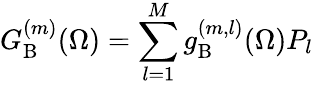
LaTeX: G_{\mathrm{B}}^{(m)}(\Omega)=\sum_{l=1}^{M}{g_{\mathrm{B}}^{(m,l)}(\Omega){P}_{l}}